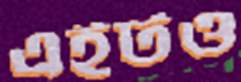
এইটও